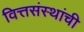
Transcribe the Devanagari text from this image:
वित्तसंस्थांची